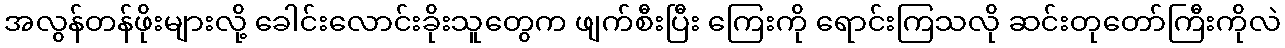
အလွန်တန်ဖိုးများလို့ ခေါင်းလောင်းခိုးသူတွေက ဖျက်စီးပြီး ကြေးကို ရောင်းကြသလို ဆင်းတုတော်ကြီးကိုလဲ